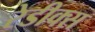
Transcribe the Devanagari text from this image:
रेडीक्स